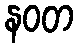
နဝတ